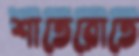
শাতেরোতে